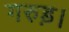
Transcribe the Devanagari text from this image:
गरुड़।